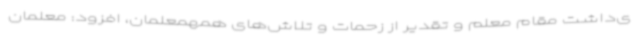
ی‌داشت مقام معلم و تقدیر از زحمات و تلاش‌های همهمعلمان، افزود: معلمان